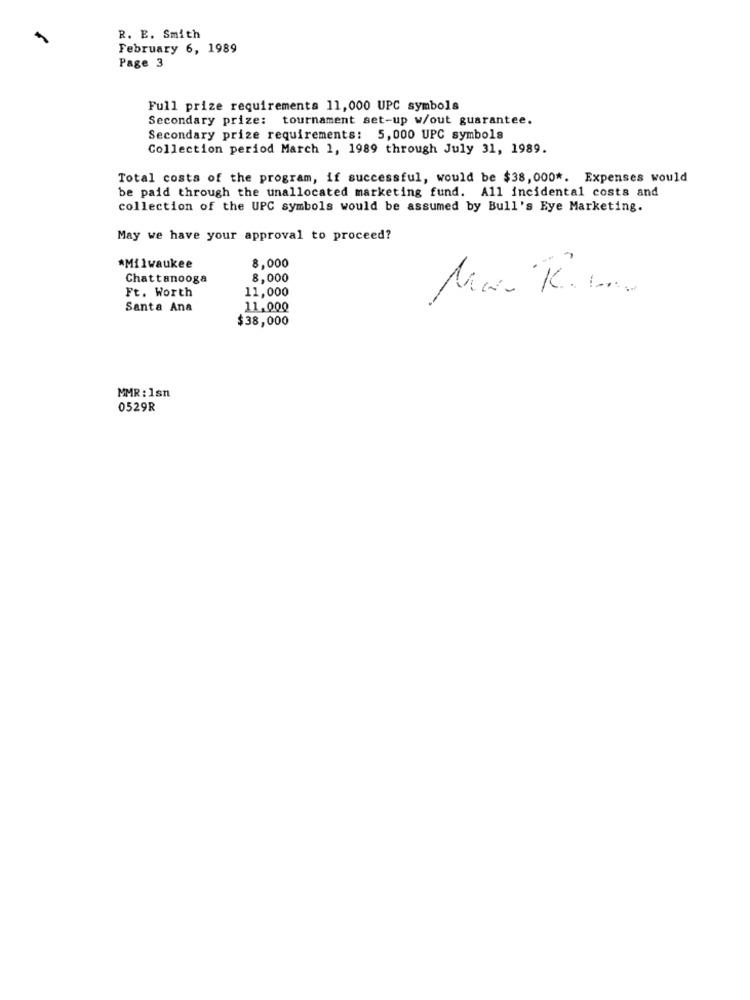
R. E. Smith
February 6, 1989
Page 3
Full prize requirements 11,000 UPC symbols
Secondary prize: tournament set-up w/out guarantee.
Secondary prize requirements: 5,000 UPC symbols
Collection period March 1, 1989 through July 31, 1989.
Total costs of the program, if successful, would be $38, 000 *. Expenses would
be paid through the unallocated marketing fund. All incidental costs and
collection of the UPC symbols would be assumed by Bull's Eye Marketing.
May we have your approval to proceed?
*Milwaukee
8,000
Chattanooga
8,000
11,000
Ft. Worth
Santa Ana
11,000
$38,000
MMR: 1sn
0529R